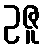
ဥဇူ